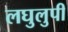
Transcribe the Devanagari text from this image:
लघुलुपी